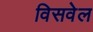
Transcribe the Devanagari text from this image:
विसवेल